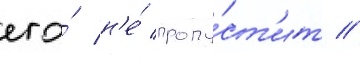
его́ н'е́ пропу́ст'ит //